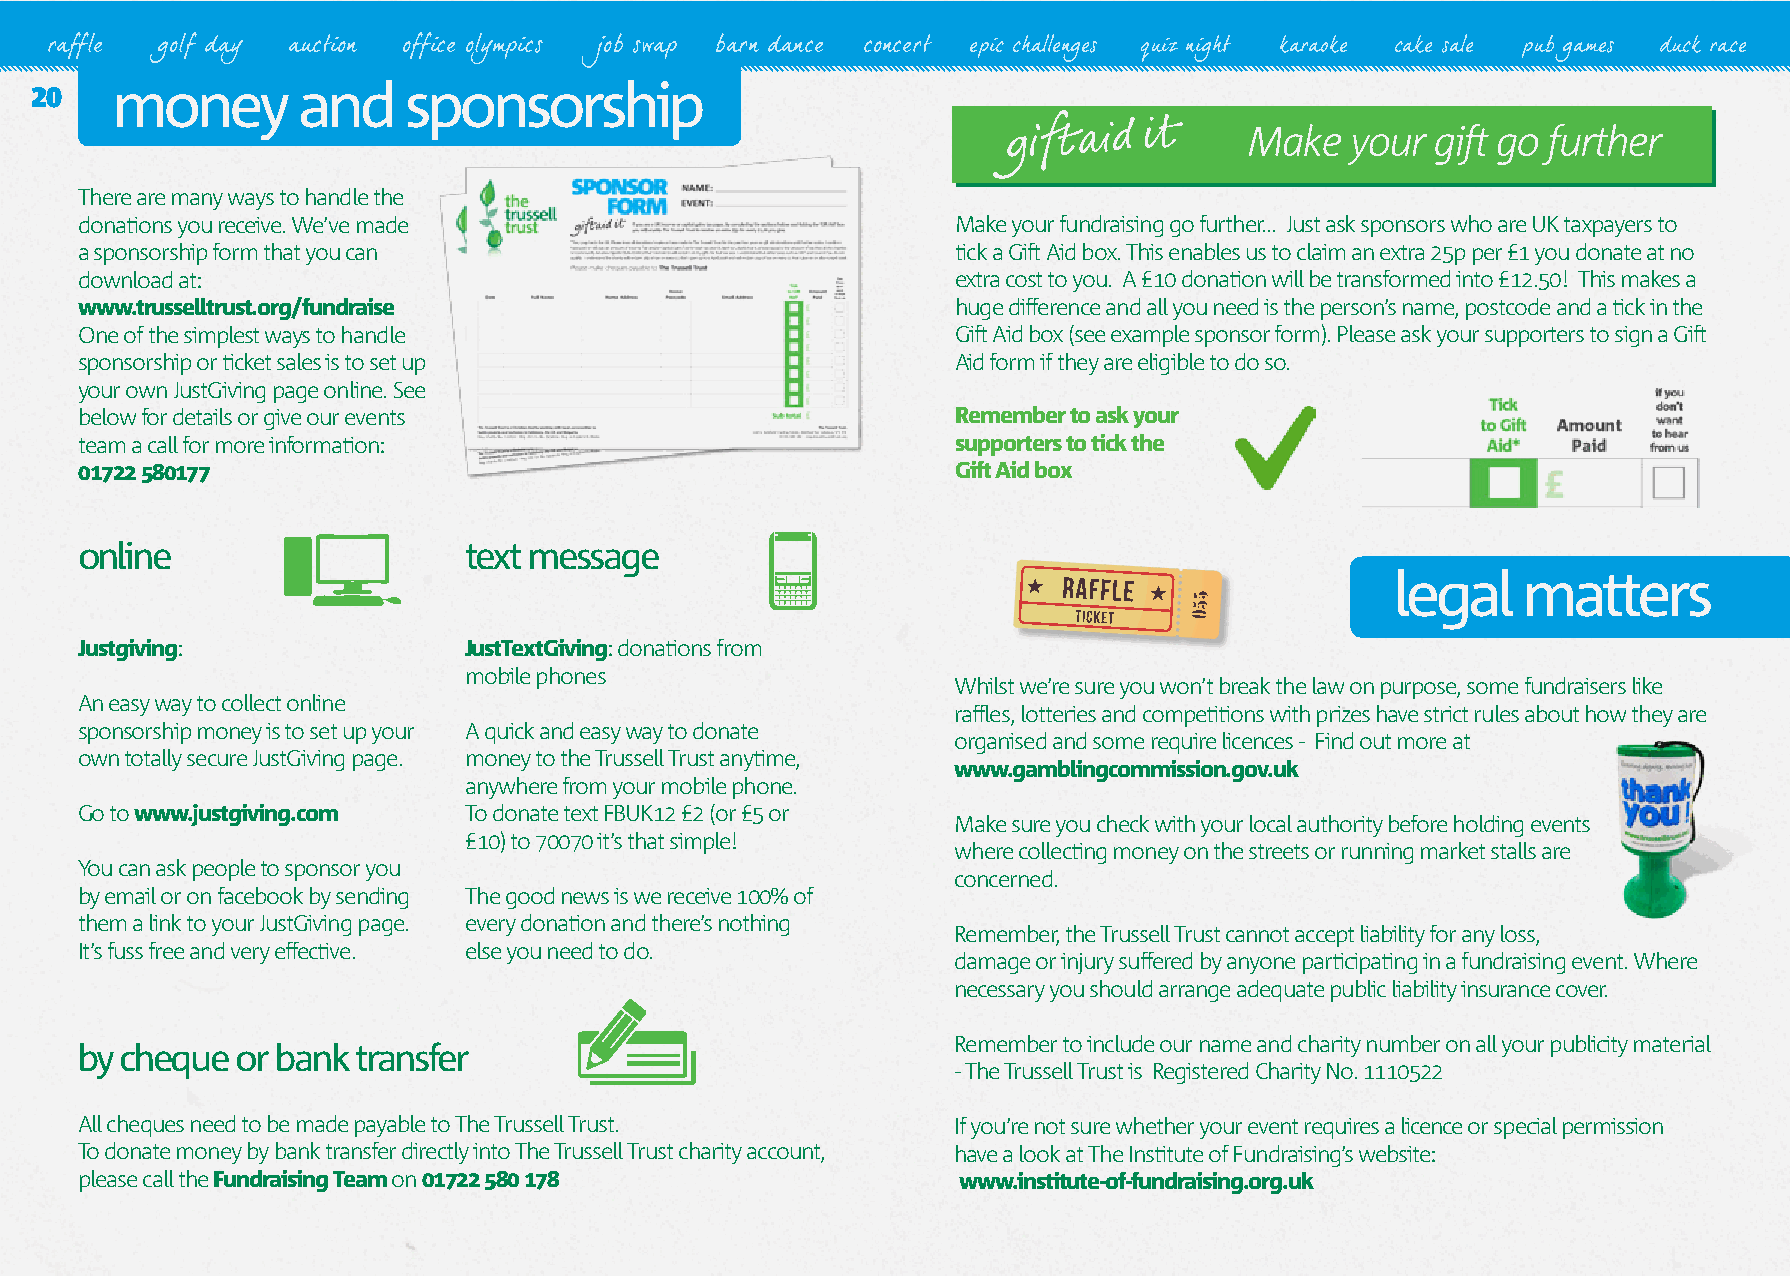
raffle golf day auction office olympics job swap barn dance concert epic challenges quiz night karaoke cake sale pub games duck race
 20   money        and    sponsorship
 There are many ways to handle the
 donations you receive. We’ve made                         Make your fundraising go further... Just ask sponsors who are UK taxpayers to
 a sponsorship form that you can                           tick a Gift Aid box. This enables us to claim an extra 25p per £1 you donate at no
 download at:                                              extra cost to you. A £10 donation will be transformed into £12.50! This makes a
 www.trusselltrust.org/fundraise                           huge difference and all you need is the person’s name, postcode and a tick in the
 One of the simplest ways to handle                        Gift Aid box (see example sponsor form). Please ask your supporters to sign a Gift
 sponsorship or ticket sales is to set up                  Aid form if they are eligible to do so.
 your own JustGiving page online. See
 below for details or give our events                      Remember to ask your
 team a call for more information:                         supporters to tick the
 01722 580177                                              Gift Aid box
 online                    text message
 legal    matters
 Justgiving:               JustTextGiving: donations from
 mobile phones
 Whilst we’re sure you won’t break the law on purpose, some fundraisers like
 An easy way to collect online
 raffles, lotteries and competitions with prizes have strict rules about how they are
 sponsorship money is to set up your A quick and easy way to donate
 organised and some require licences - Find out more at
 own totally secure JustGiving page. money to the Trussell Trust anytime,
 www.gamblingcommission.gov.uk
 anywhere from your mobile phone.
 Go to www.justgiving.com  To donate text FBUK12 £2 (or £5 or
 Make sure you check with your local authority before holding events
 £10) to 70070 it’s that simple!
 where collecting money on the streets or running market stalls are
 You can ask people to sponsor you
 concerned.
 by email or on facebook by sending The good news is we receive 100% of
 them a link to your JustGiving page. every donation and there’s nothing
 Remember, the Trussell Trust cannot accept liability for any loss,
 It’s fuss free and very effective. else you need to do.
 damage or injury suffered by anyone participating in a fundraising event. Where
 necessary you should arrange adequate public liability insurance cover.
 Remember to include our name and charity number on all your publicity material
 by cheque  or bank transfer
 - The Trussell Trust is Registered Charity No. 1110522
 All cheques need to be made payable to The Trussell Trust. If you’re not sure whether your event requires a licence or special permission
 To donate money by bank transfer directly into The Trussell Trust charity account, have a look at The Institute of Fundraising’s website:
 please call the Fundraising Team on 01722 580 178         www.institute-of-fundraising.org.uk